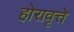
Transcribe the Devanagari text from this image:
होरावृत्ते